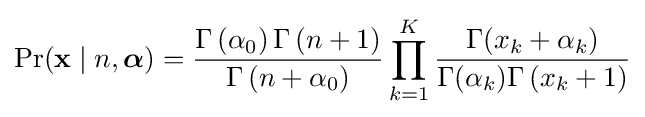
\Pr(\mathbf {x} \mid n,{\boldsymbol {\alpha }})={\frac {\Gamma \left(\alpha _{0}\right)\Gamma \left(n+1\right)}{\Gamma \left(n+\alpha _{0}\right)}}\prod _{k=1}^{K}{\frac {\Gamma (x_{k}+\alpha _{k})}{\Gamma (\alpha _{k})\Gamma \left(x_{k}+1\right)}}